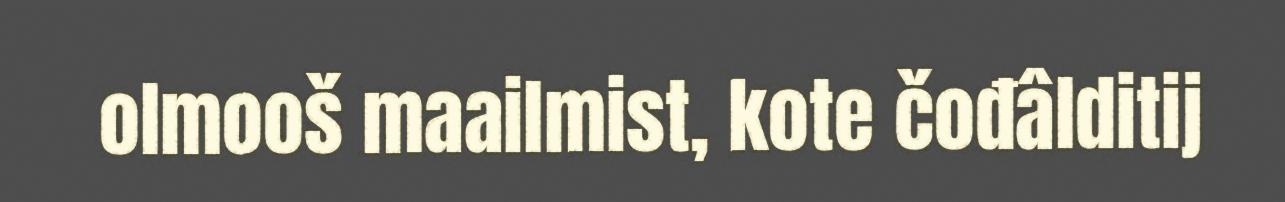
olmooš maailmist, kote čođâlditij